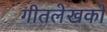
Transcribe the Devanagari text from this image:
गीतलेखकों